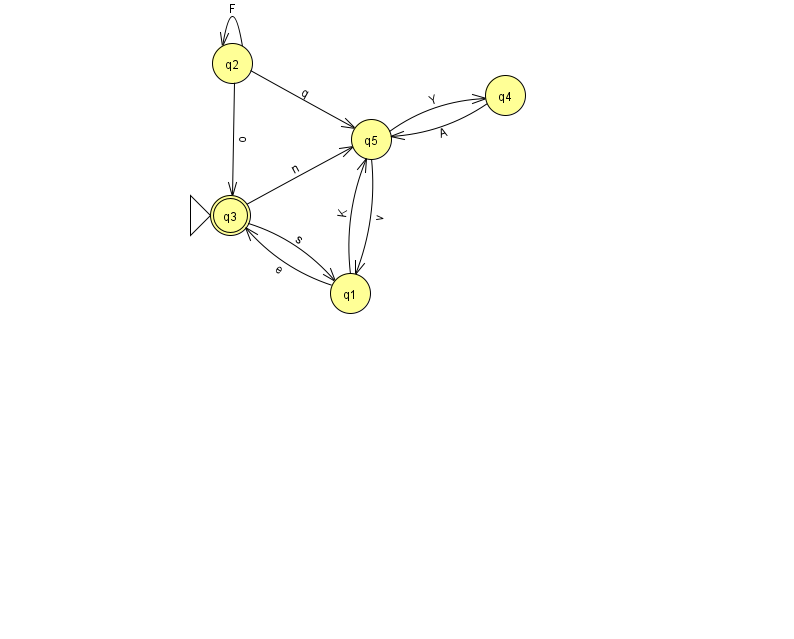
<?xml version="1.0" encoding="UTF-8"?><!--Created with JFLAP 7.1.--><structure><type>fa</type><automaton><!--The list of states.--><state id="1" name="q1"><x>350.0</x><y>280.0</y></state><state id="2" name="q2"><x>232.0</x><y>50.0</y></state><state id="3" name="q3"><x>230.0</x><y>202.0</y><initial/><final/></state><state id="4" name="q4"><x>505.0</x><y>82.0</y></state><state id="5" name="q5"><x>371.0</x><y>126.0</y></state><!--The list of transitions.--><transition><from>2</from><to>3</to><read>o</read></transition><transition><from>4</from><to>5</to><read>A</read></transition><transition><from>1</from><to>5</to><read>K</read></transition><transition><from>2</from><to>2</to><read>F</read></transition><transition><from>1</from><to>3</to><read>e</read></transition><transition><from>5</from><to>1</to><read>v</read></transition><transition><from>5</from><to>4</to><read>Y</read></transition><transition><from>2</from><to>5</to><read>q</read></transition><transition><from>3</from><to>1</to><read>s</read></transition><transition><from>3</from><to>5</to><read>n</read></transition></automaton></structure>